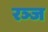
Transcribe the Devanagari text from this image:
रञ्ज